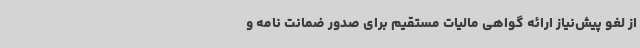
از لغو پیش‌نیاز ارائه گواهی مالیات مستقیم برای صدور ضمانت نامه و